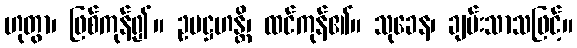
ဟုတွာ၊ ဖြစ်ကုန်၍။ ဥပဋ္ဌဟန္တိ၊ ထင်ကုန်၏။ သုခေန၊ ချမ်းသာသဖြင့်။